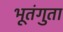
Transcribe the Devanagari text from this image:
भूतंगुता